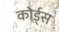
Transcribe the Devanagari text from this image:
कोर्ड्स